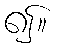
၍။